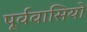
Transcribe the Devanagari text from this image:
पूर्ववासियों